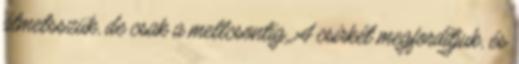
átmetsszük, de csak a mellcsontig. A csirkét megfordítjuk, és